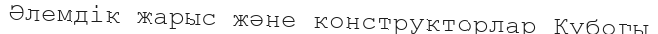
Әлемдік жарыс және конструкторлар Кубогы